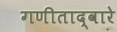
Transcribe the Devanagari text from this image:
गणीताद्वारे